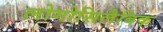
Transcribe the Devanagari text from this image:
लोगोसिलैबिक